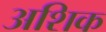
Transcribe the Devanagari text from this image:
अशिक